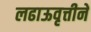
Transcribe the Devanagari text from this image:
लढाऊवृत्तीने